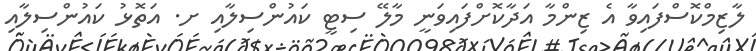
ލާޒިމްކޮސްފައިވާ އެ ޒިންމާ އަދާކޮށްފައިވަނީ މާލޭ ސިޓީ ކައުންސިލާއި ށ. އަތޮޅު ކައުންސިލާއި